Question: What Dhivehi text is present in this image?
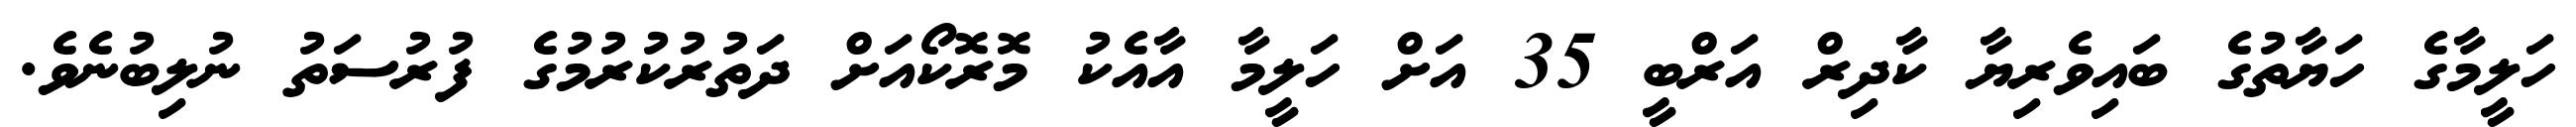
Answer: ހަލީމާގެ ހަޔާތުގެ ބައިވެރިޔާ ކާދިރް އަރްބީ 35 އަށް ހަލީމާ އާއެކު މޮރޮކޯއަށް ދަތުރުކުރުމުގެ ފުރުސަތު ނުލިބުނެވެ.